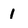
Character: i